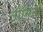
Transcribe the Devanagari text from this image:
तोमिनो